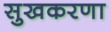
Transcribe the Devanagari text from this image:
सुखकरणा